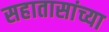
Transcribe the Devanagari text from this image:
सहातासांच्या